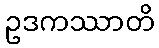
ဥဒကဿာတိ